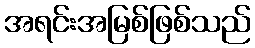
အရင်းအမြစ်ဖြစ်သည်